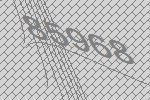
85968